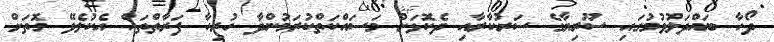
ދޯހާ ބައްދަލުވުމުގައި ސޫރިޔާގެ ސަރުކާރާއި ދެކޮޅަށް މަސައްކަތްކުރަމުންދާ ހުރިހާ ފަރާތްތައް އެކުލެވޭ ގޮތަށް